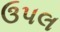
ઉપલ